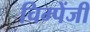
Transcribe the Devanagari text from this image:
चिम्पेंजी